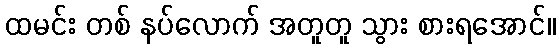
ထမင်း တစ် နပ်လောက် အတူတူ သွား စားရအောင်။